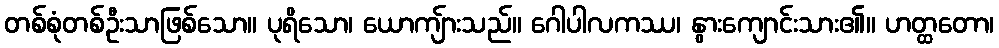
တစ်စုံတစ်ဦးသာဖြစ်သော။ ပုရိသော၊ ယောကျ်ားသည်။ ဂေါပါလကဿ၊ နွားကျောင်းသား၏။ ဟတ္ထတော၊